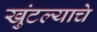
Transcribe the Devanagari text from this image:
खुंटल्याचे